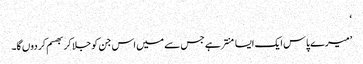
‘
’میرے پاس ایک ایسا منتر ہے جس سے میں اس جن کو جلا کر بھسم کر دوں گا۔